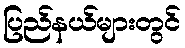
ပြည်နယ်များတွင်